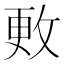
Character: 𪯍